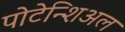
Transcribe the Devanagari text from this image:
पोटेन्शिअल